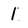
Character: 1